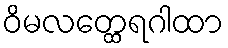
ဝိမလတ္ထေရဂါထာ